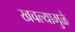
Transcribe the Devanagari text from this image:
खचल्यामुळे